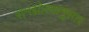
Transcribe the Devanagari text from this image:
संमझोत्यानुसार